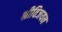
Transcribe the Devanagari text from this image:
श्रीविजयन